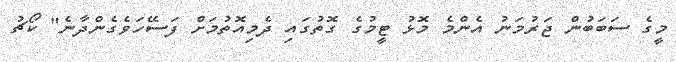
މީގެ ސަބަބުން ޖަރުމަނު އެންމެ މޮޅު ޓީމުގެ ގޮތުގައި ދެމިއޮތުމަށް ފަސޭހަވެގެންދާނެ" ކޯޗު